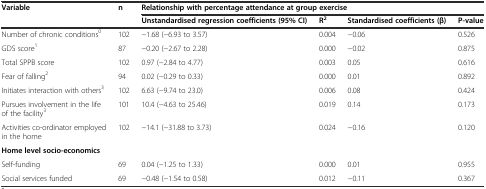
| <ROWSPAN=2> Variable | <ROWSPAN=2> n | <COLSPAN=4> Relationship with percentage attendance at group exercise |
 | Unstandardised regression coefficients (95% CI) | R2 | Standardised coefficients (β) | P-value |
 | --- | --- | --- | --- | --- | --- |
 | Number of chronic conditions0 | 102 | −1.68 (−6.93 to 3.57) | 0.004 | −0.06 | 0.526 |
 | GDS score1 | 87 | −0.20 (−2.67 to 2.28) | 0.000 | −0.02 | 0.875 |
 | Total SPPB score | 102 | 0.97 (−2.84 to 4.77) | 0.003 | 0.05 | 0.616 |
 | Fear of falling2 | 94 | 0.02 (−0.29 to 0.33) | 0.000 | 0.01 | 0.892 |
 | Initiates interaction with others3 | 102 | 6.63 (−9.74 to 23.0) | 0.006 | 0.08 | 0.424 |
 | Pursues involvement in the life of the facility3 | 101 | 10.4 (−4.63 to 25.46) | 0.019 | 0.14 | 0.173 |
 | Activities co-ordinator employed in the home | 102 | −14.1 (−31.88 to 3.73) | 0.024 | −0.16 | 0.120 |
 | Home level socio-economics |  |  |  |  |  |
 | Self-funding | 69 | 0.04 (−1.25 to 1.33) | 0.000 | 0.01 | 0.955 |
 | Social services funded | 69 | −0.48 (−1.54 to 0.58) | 0.012 | −0.11 | 0.367 |